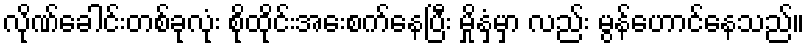
လိုဏ်ခေါင်းတစ်ခုလုံး စိုထိုင်းအေးစက်နေပြီး မှိုနှံ့မှာ လည်း မွန်ဟောင်နေသည်။